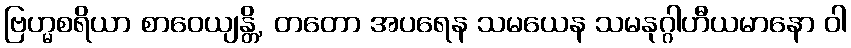
ဗြဟ္မစရိယာ စာဝေယျန္တိ, တတော အပရေန သမယေန သမနုဂ္ဂါဟီယမာနော ဝါ